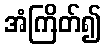
အံကြိတ်၍